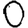
Digit: 0